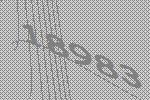
18983